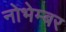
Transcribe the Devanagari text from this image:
नोभेम्बर